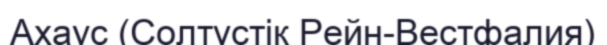
Ахаус (Солтүстік Рейн-Вестфалия)